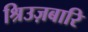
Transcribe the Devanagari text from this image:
श्रिउज़बारि